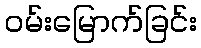
ဝမ်းမြောက်ခြင်း